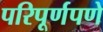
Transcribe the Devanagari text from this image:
परिपूर्णपणे